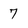
Character: 7